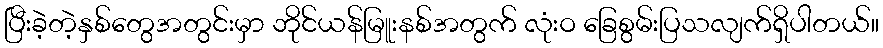
ပြီးခဲ့တဲ့နှစ်တွေအတွင်းမှာ ဘိုင်ယန်မြူးနစ်အတွက် လုံးဝ ခြေစွမ်းပြသလျက်ရှိပါတယ်။